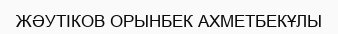
ЖӘУТІКОВ ОРЫНБЕК АХМЕТБЕКҰЛЫ